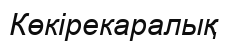
Көкірекаралық